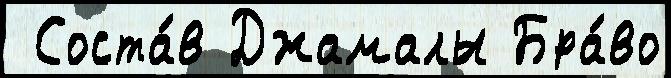
 Соста́в Джамалы Бра́во